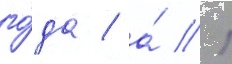
го́да / а́ 1